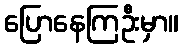
ပြောနေကြဦးမှာ။